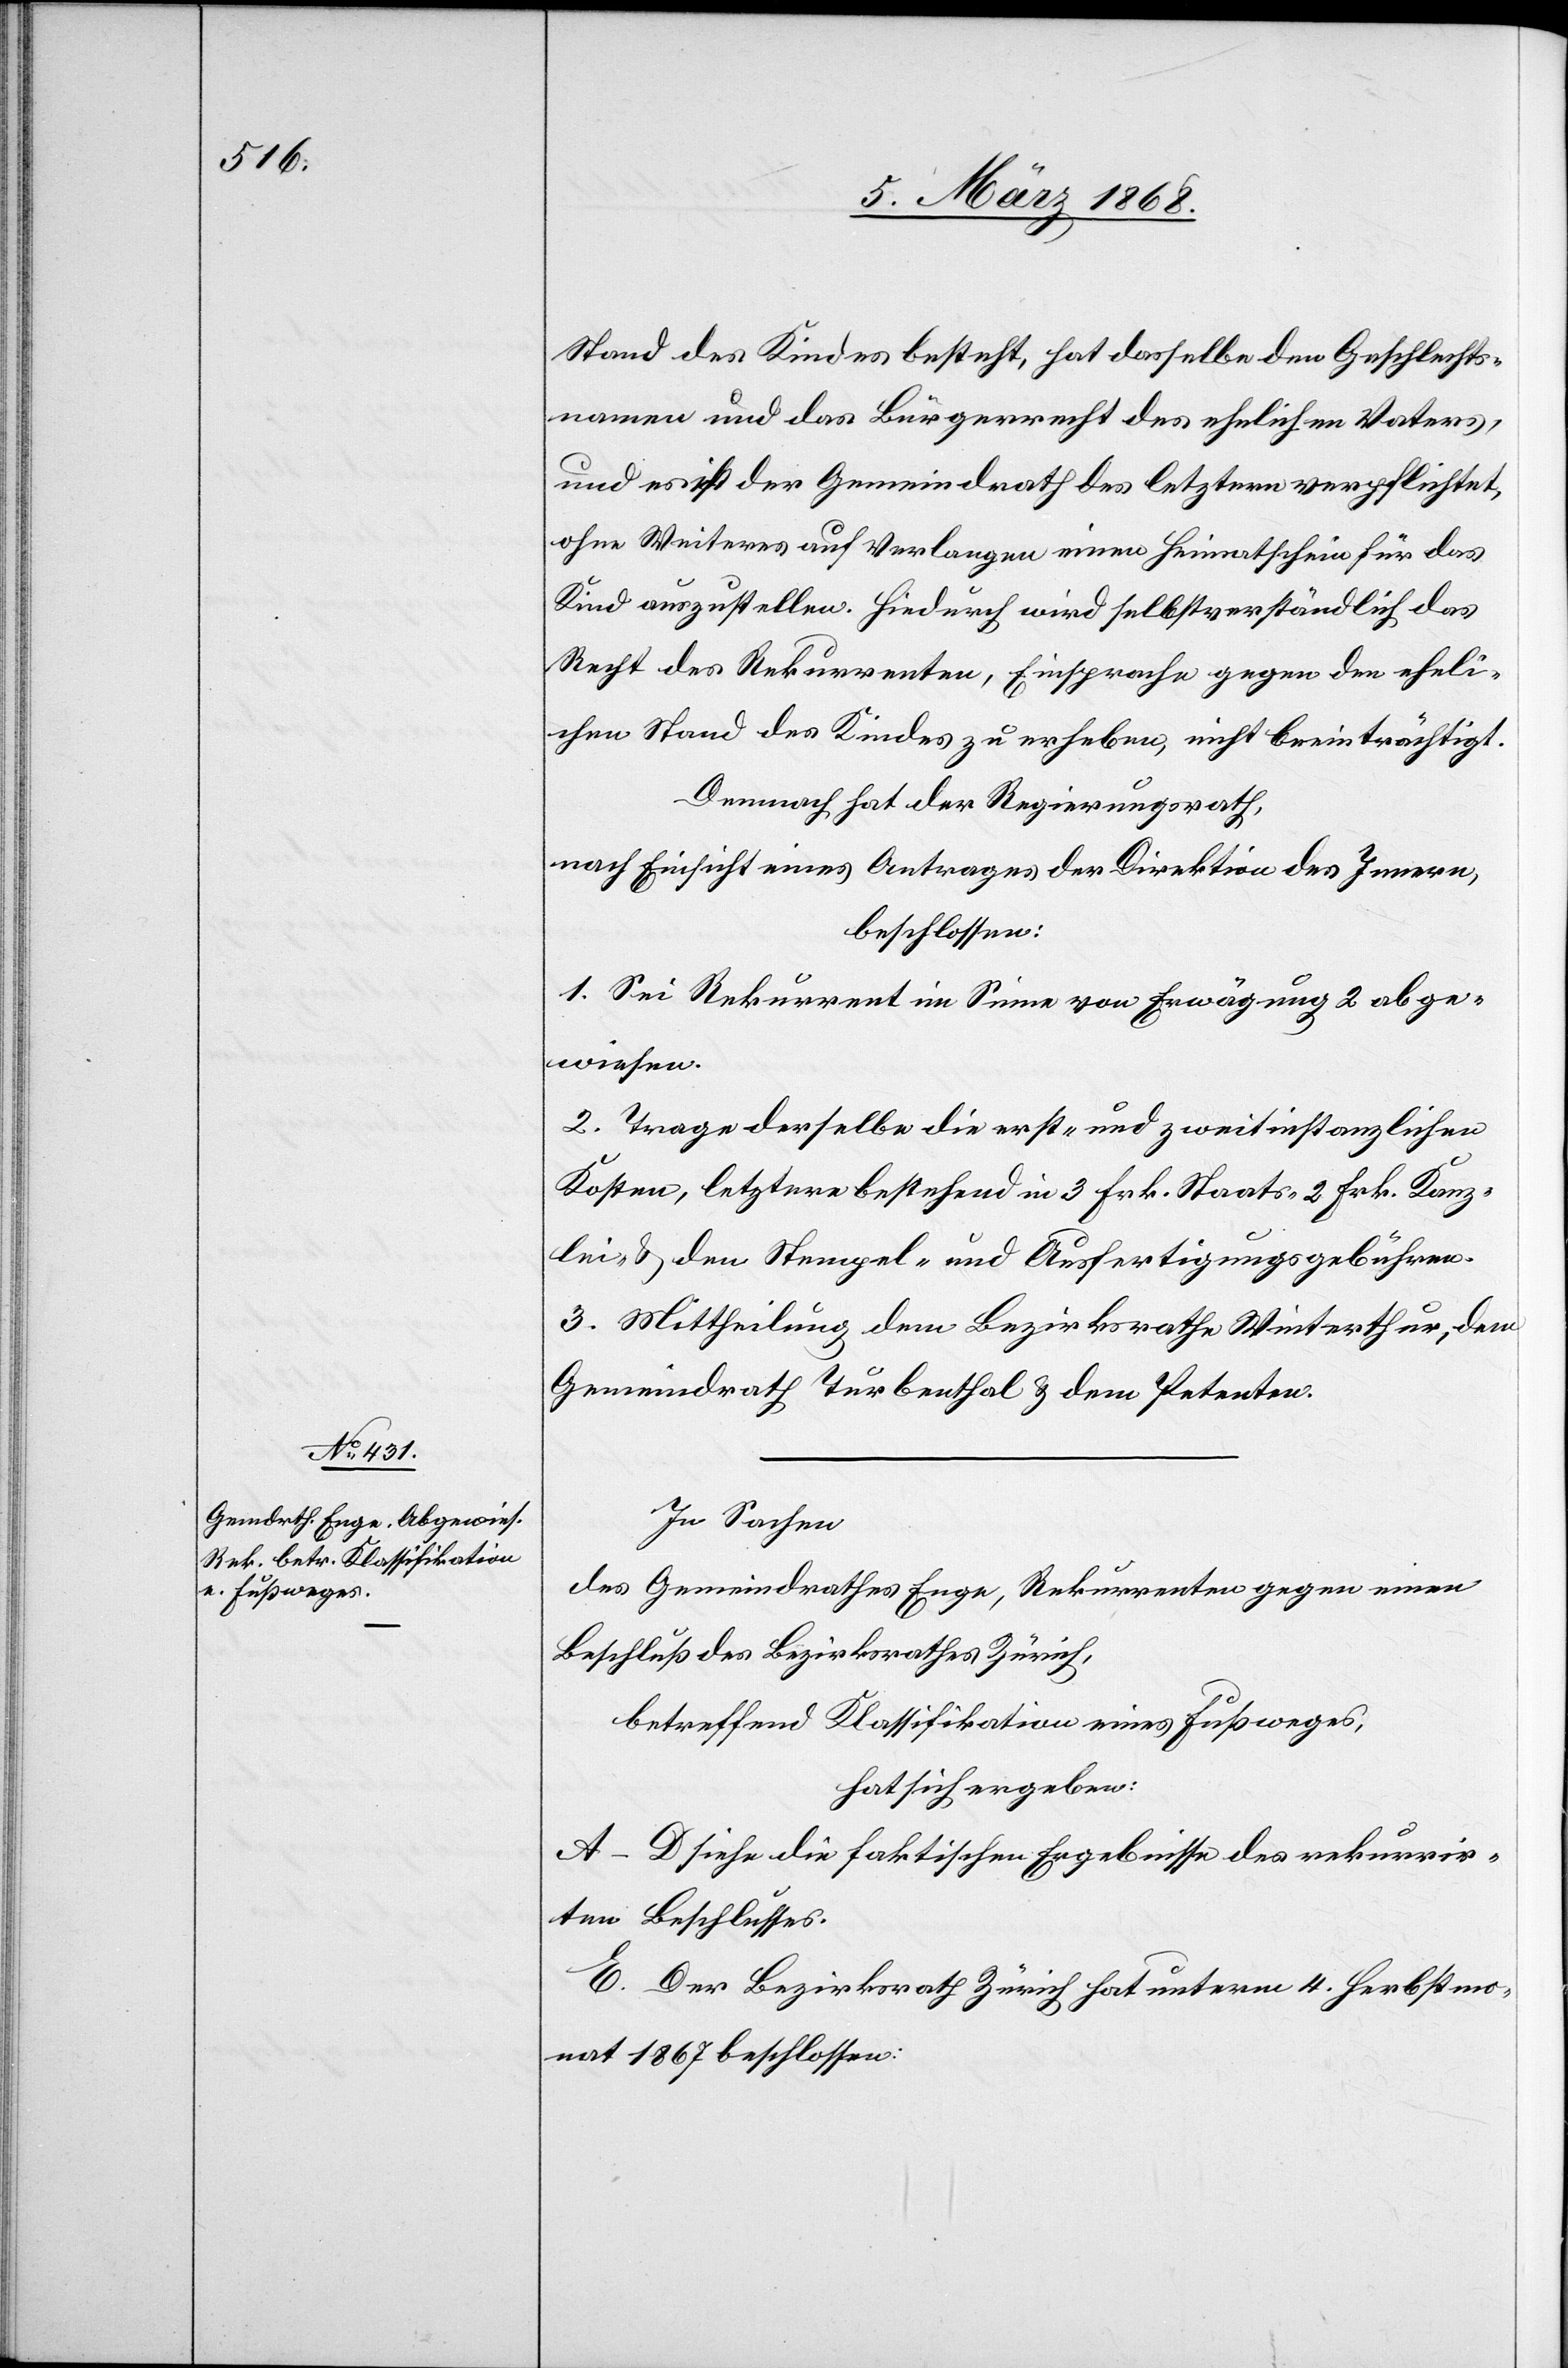
Stand des Kindes besteht, hat dasselbe den Geschlechts¬
namen und das Bürgerrecht des ehelichen Vaters,
und es ist der Gemeindrath des letztern verpflichtet,
ohne Weiteres auf Verlangen einen Heimatschein für das
Kind auszustellen. Hiedurch wird selbstverständlich das
Recht des Rekurrenten, Einsprache gegen den eheli¬
chen Stand des Kindes zu erheben, nicht beeinträchtigt.
Demnach hat der Regierungsrath,
nach Einsicht eines Antrages der Direktion des Innern,
beschlossen:
1. Sei Rekurrent im Sinne von Erwägung 2 abge¬
wiesen.
2. Trage derselbe die erst- und zweitinstanzlichen
Kosten, letztere bestehend in 3 Frk. Staats-[,] 2 Frk. Kanz¬
lei- & den Stempel- und Ausfertigungsgebühren.
3. Mittheilung dem Bezirksrathe Winterthur, dem
Gemeindrath Turbenthal & dem Petenten.
In Sachen
des Gemeindrathes Enge, Rekurrenten gegen einen
Beschluß des Bezirksrathes Zürich,
betreffend Klassifikation eines Fußweges,
hat sich ergeben:
A–D siehe die faktischen Ergebnisse des rekurrir¬
ten Beschlusses.
E. Der Bezirksrath Zürich hat unterm 4. Herbstmo¬
nat 1867 beschlossen: